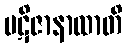
ပဋိဇာနာထာတိ